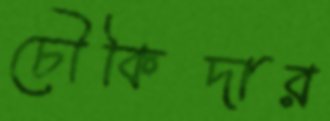
চৌকিদার